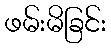
ဖမ်းမိခြင်း